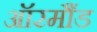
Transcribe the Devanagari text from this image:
ऑरमौंड